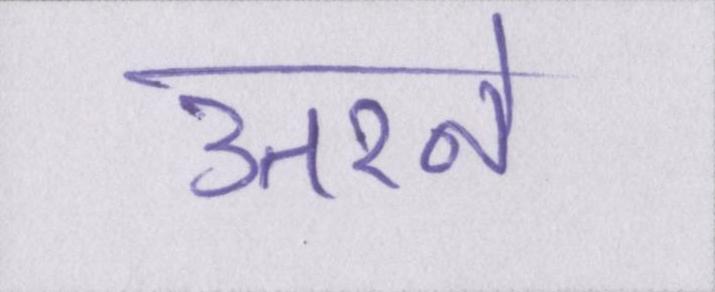
उतरने